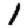
Digit: 1